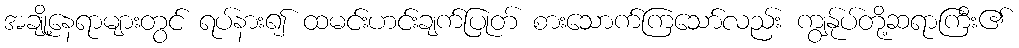
အချို့နေရာများတွင် ရပ်နား၍ ထမင်းဟင်းချက်ပြုတ် စားသောက်ကြသော်လည်း ကျွန်ုပ်တို့ဆရာကြီး၏